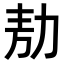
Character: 𭄦